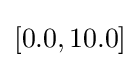
[0.0,10.0]